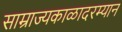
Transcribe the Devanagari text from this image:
साम्राज्यकाळादरम्यान